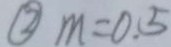
\textcircled { 2 } m = 0 . 5